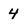
Character: 4